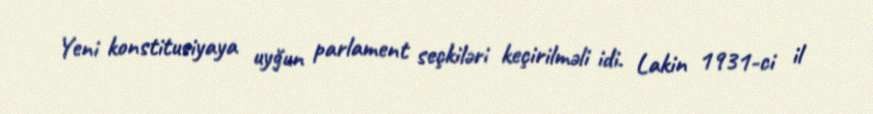
Yeni konstitusiyaya uyğun parlament seçkiləri keçirilməli idi. Lakin 1931-ci il